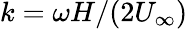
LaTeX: k=\omega H/(2U_{\infty})